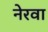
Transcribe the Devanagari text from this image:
नेरवा